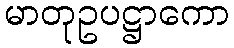
မာတုဥပဋ္ဌာကော